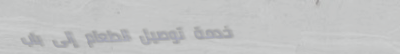
خدمة توصيل الطعام إلى باب